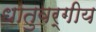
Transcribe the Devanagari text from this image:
धातुवर्गीय